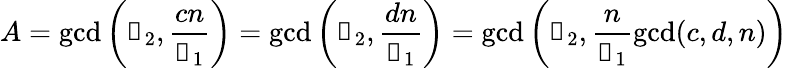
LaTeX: A=\operatorname*{gcd}\left(\mathscr{d}_{2},\frac{cn}{\mathscr{d}_{1}}\right)=\operatorname*{gcd}\left(\mathscr{d}_{2},\frac{dn}{\mathscr{d}_{1}}\right)=\operatorname*{gcd}\left(\mathscr{d}_{2},\frac{n}{\mathscr{d}_{1}}\operatorname*{gcd}(c,d,n)\right)